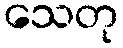
သေတု